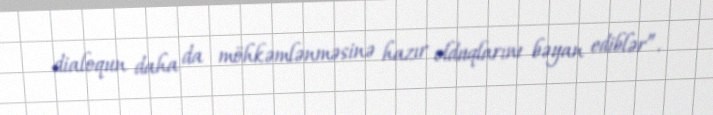
dialoqun daha da möhkəmlənməsinə hazır olduqlarını bəyan ediblər”.